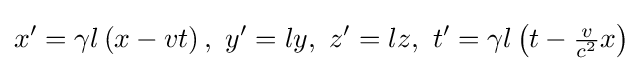
x^{\prime }=\gamma l\left(x-vt\right),\ y^{\prime }=ly,\ z^{\prime }=lz,\ t^{\prime }=\gamma l\left(t-{\tfrac {v}{c^{2}}}x\right)